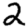
Digit: 2